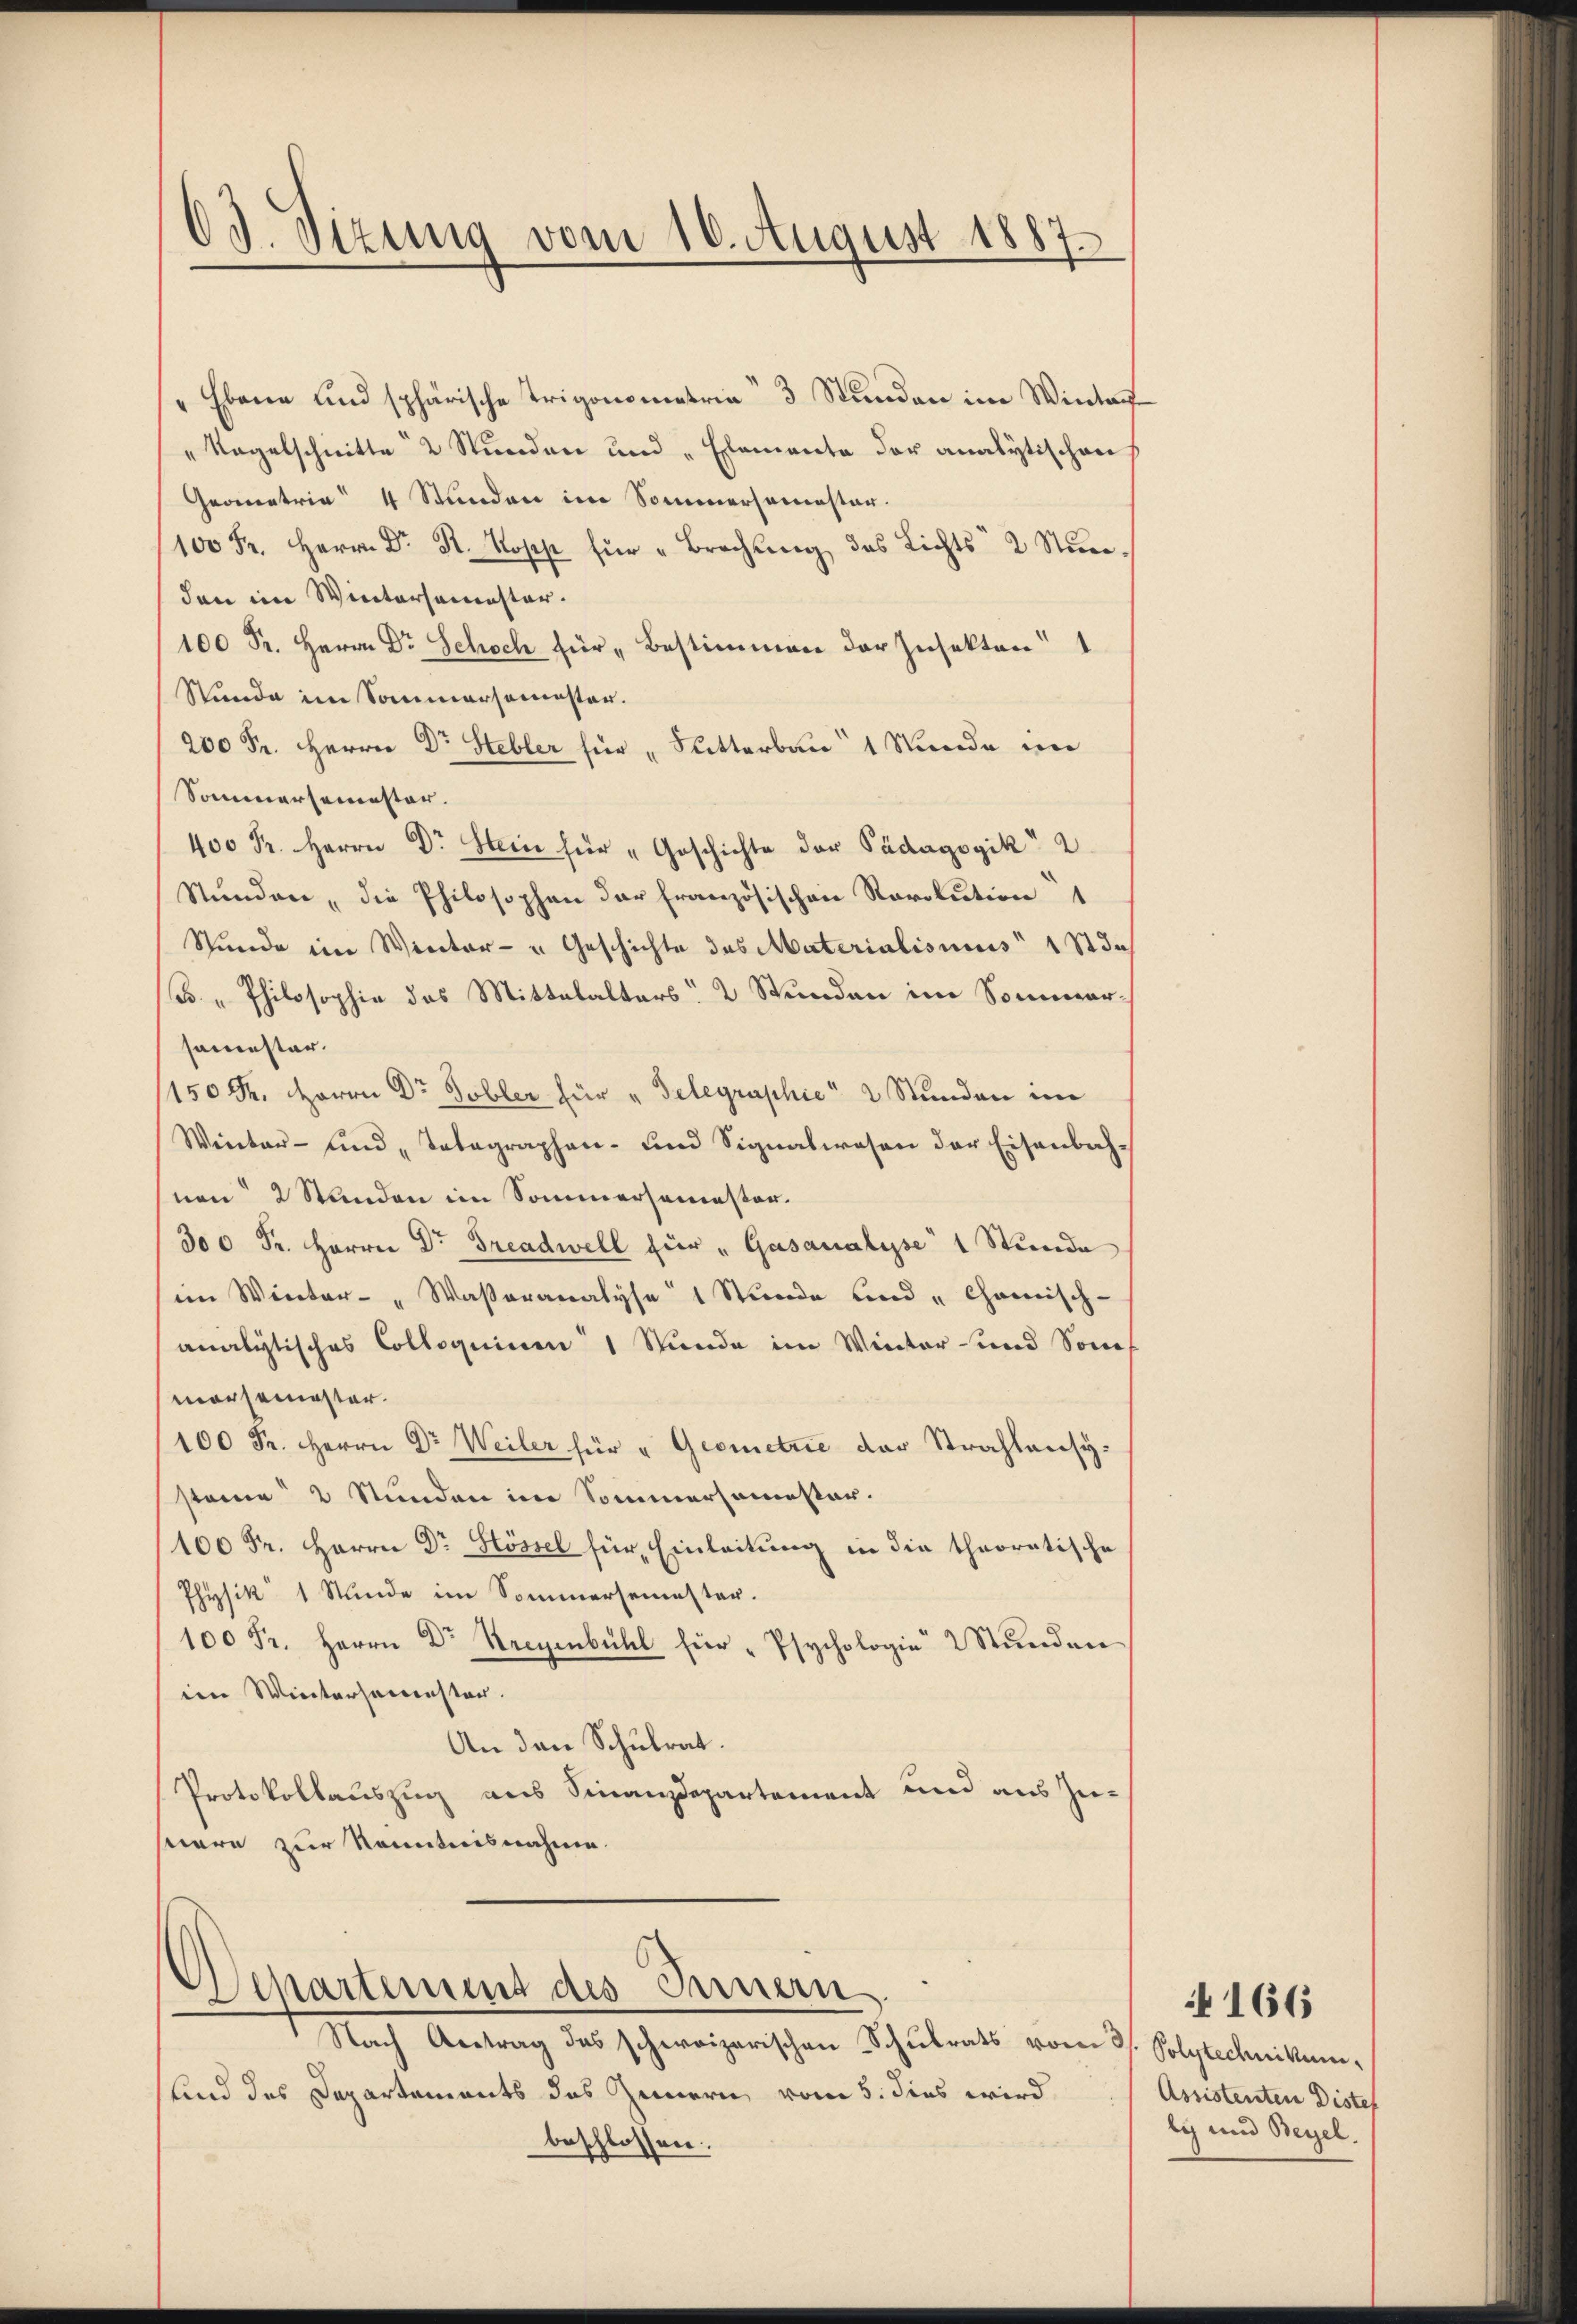
03. Sizung vom 10. August 1887.

Ebene und sphärische Trigonometria“ 3 Stunden im Winter
"Nagelschnitte 2 Stunden und „Elemente der analytischen
Geometrie 4 Stunden im Sommersemester.
100 Fr. Herrn Dr R. Kopp für "Brechung des Lichts 2 Stundann im Wintersemester.
100 Fr. Herrn Dr Schoch für „Bestimmen der Zusekten
Stunde im Sommersemester.
200 Fr. Herrn Dr Hebler für „Sutterbau 1 Stunde im
Sommersemester.
400 Fr. Herrn Dr Stein für „Geschichte der Pädagogik 2
Stunden, die Philosophen der französischen Revolution
Stunde im Winter- u Geschichte des Materialismus 1 Std.
B. " Philosophie das Mittelalters 2 Stunden im Sommersamester.
150 Fr. Herrn Dr. Tobler für „Gelegraphie 2 Stunden im
Winter- und „Telegraphen- und Signalwesen der Eisenbahnen 2 Stunden im Sommersemester.
300 Fr. Herren Dr. Greadwell für „Gasanalyse 1 Stunde
im Winter- "Wasseranalyse 1 Stunde und „Chamisch-
analytisches Colloquium 1 Stunde im Winter und Sonn
morsemester.
100 Fr. Herrn Dr Weiler für " Geometrie der Strahlensystaine 2 Stunden im Sommersamester.
100 Fr. Herrn Dr Hössel für Einleitung in die theoratische
Physik 1 Stunde im Sommersemester.
100 Fr. Herrn Dr Seegenbühl hier Psychologie 2 Stŭnden
iin Wintersamensten.
An den Schulrat.
Protokollauszug aus Finanzdepartement und aus Zustere zur Kenntnisnahme.

Departement des Innern
Nach Antrag das schweizerischen Schulrats vom 3. Polytechnikum,

lind das Departements das Innern vom 5. dies wird
beschlossen:

e

Assistenten Dister
ly und Beyel.

166